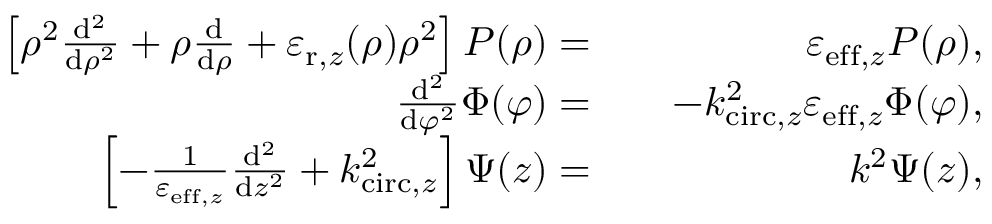
\begin{array} { r l r } { \left[ \rho ^ { 2 } \frac { \mathrm { d } ^ { 2 } } { \mathrm { d } \rho ^ { 2 } } + \rho \frac { \mathrm { d } } { \mathrm { d } \rho } + \varepsilon _ { \mathrm { r } , z } ( \rho ) \rho ^ { 2 } \right] P ( \rho ) = } & { { } } & { \varepsilon _ { \mathrm { e f f , } z } P ( \rho ) , } \\ { \frac { \mathrm { d } ^ { 2 } } { \mathrm { d } \varphi ^ { 2 } } \Phi ( \varphi ) = } & { { } } & { - k _ { \mathrm { c i r c , } z } ^ { 2 } \varepsilon _ { \mathrm { e f f , } z } \Phi ( \varphi ) , } \\ { \left[ - \frac { 1 } { \varepsilon _ { \mathrm { e f f , } z } } \frac { \mathrm { d } ^ { 2 } } { \mathrm { d } z ^ { 2 } } + k _ { \mathrm { c i r c , } z } ^ { 2 } \right] \Psi ( z ) = } & { { } } & { k ^ { 2 } \Psi ( z ) , } \end{array}